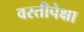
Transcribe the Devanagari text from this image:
वस्तीपेक्षा